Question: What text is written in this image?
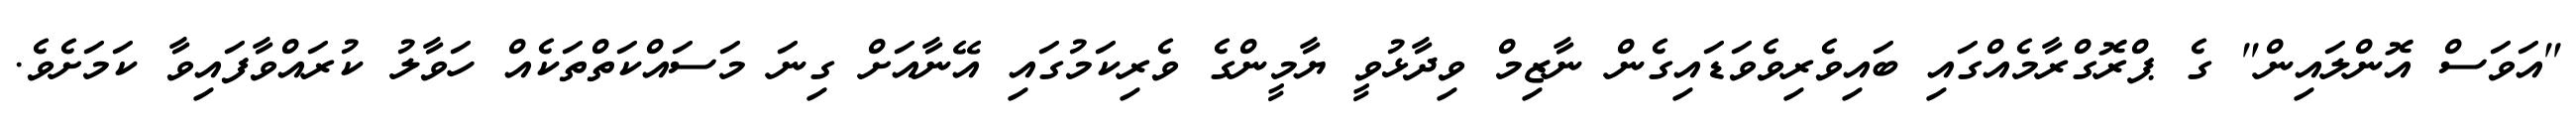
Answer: "އަވަސް އޮންލައިން" ގެ ޕްރޮގްރާމެއްގައި ބައިވެރިވެވަޑައިގެން ނާޒިމް ވިދާޅުވީ ޔާމީންގެ ވެރިކަމުގައި އޭނާއަށް ގިނަ މަސައްކަތްތަކެއް ހަވާލު ކުރައްވާފައިވާ ކަމަށެވެ.